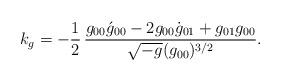
LaTeX: \begin{align*}k_g=-\frac{1}{2}\,\frac{g_{00}\acute{g}_{00}-2 g_{00}\dot{g}_{01}+g_{01}g_{00}}{\sqrt{-g}(g_{00})^{3/2}}.\end{align*}